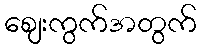
ဈေးကွက်အတွက်